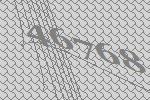
46768